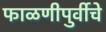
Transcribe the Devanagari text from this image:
फाळणीपुर्वीचे